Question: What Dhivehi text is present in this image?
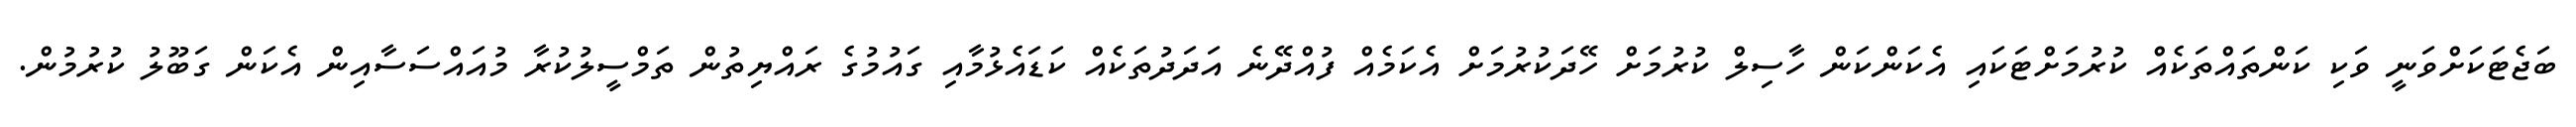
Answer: ބަޖެޓަކަށްވަނީ ވަކި ކަންތައްތަކެއް ކުރުމަށްޓަކައި އެކަންކަން ހާސިލް ކުރުމަށް ހޭދަކުރުމަށް އެކަމެއް ފުއްދޭނެ އަދަދުތަކެއް ކަޑައެޅުމާއި ގައުމުގެ ރައްޔިތުން ތަމްސީލުކުރާ މުއައްސަސާއިން އެކަން ގަބޫލު ކުރުމުން.